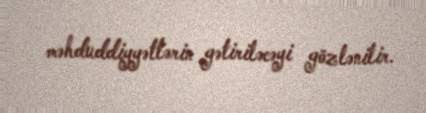
məhduddiyyətlərin gətiriləcəyi gözlənilir.